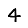
Digit: 4